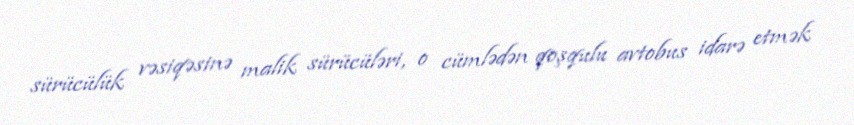
sürücülük vəsiqəsinə malik sürücüləri, o cümlədən qoşqulu avtobus idarə etmək